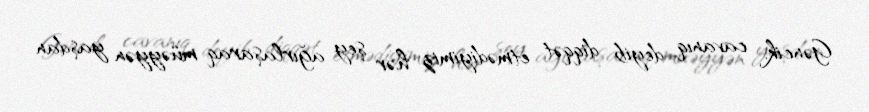
Gəncik, cavanıq deyib diqqət etmədiyimiz hər şey ağırlaşaraq müəyyən yaşdan